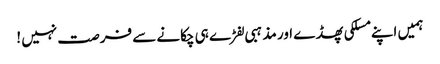
ہمیں اپنے مسلکی پھڈے اور مذہبی لفڑے ہی چکانے سے فرصت نہیں !